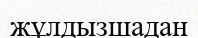
жұлдызшадан